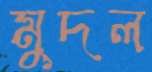
মুদল